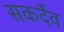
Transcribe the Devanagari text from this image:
सकर्देव